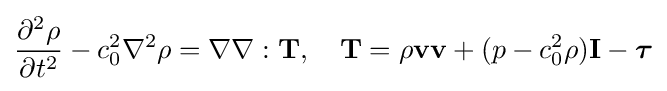
{\frac {\partial ^{2}\rho }{\partial t^{2}}}-c_{0}^{2}\nabla ^{2}\rho =\nabla \nabla :\mathbf {T} ,\quad \mathbf {T} =\rho \mathbf {v} \mathbf {v} +(p-c_{0}^{2}\rho )\mathbf {I} -{\boldsymbol {\tau }}